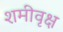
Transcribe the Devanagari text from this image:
शमीवृक्ष